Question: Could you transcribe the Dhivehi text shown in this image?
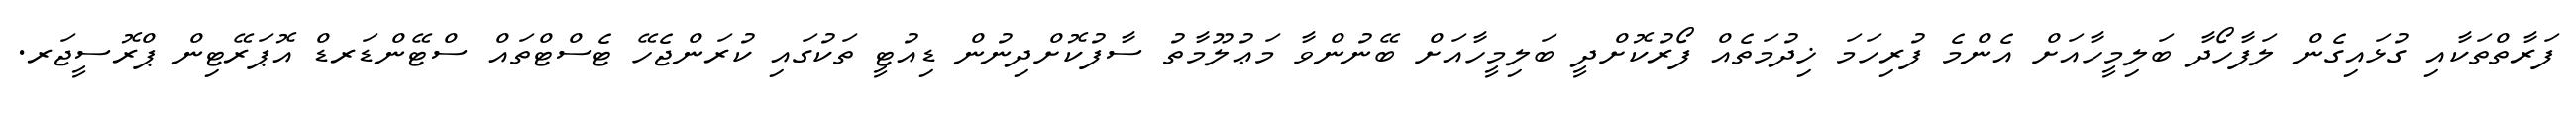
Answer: ފަރާތްތަކާއި ގުޅައިގެން ލަފާހޯދާ ބަލިމީހާއަށް އެންމެ ފުރިހަމަ ޚިދުމަތެއް ފޯރުކޮށްދީ ބަލިމީހާއަށް ބޭނުންވާ މަޢުލޫމާތު ސާފުކޮށްދިނުން ޑިއުޓީ ތަކުގައި ކުރަންޖެހޭ ޓެސްޓްތައް ސްޓޭންޑަރޑް އޮޕަރޭޓިން ޕްރޮސީޖަރ.